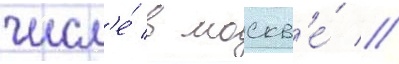
числ'е́ в москв'е́ //